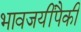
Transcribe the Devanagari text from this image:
भावजयींपैकी